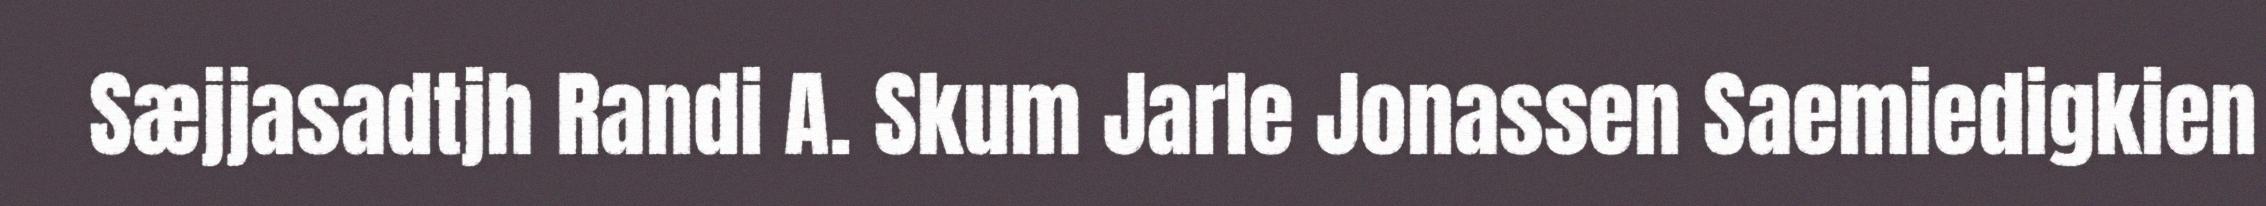
Sæjjasadtjh Randi A. Skum Jarle Jonassen Saemiedigkien